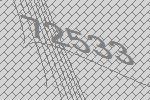
72533